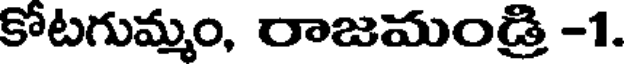
కోటగుమ్మం, రాజమండ్రి -1.